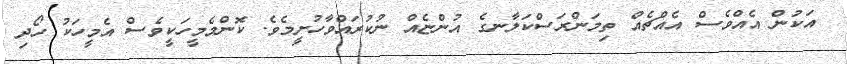
އަކުން އެއްވެސް އެއްޗެއް ތިމަންރަސްކަލާނގެ އުންޏެއް ނުކުރައްވާހުށީމެވެ. ކޮންމެމީހަކީވެސް އެމީހަކު ހޯދި